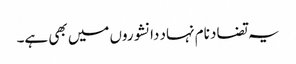
یہ تضاد نام نہاد دانشوروں میں بھی ہے۔